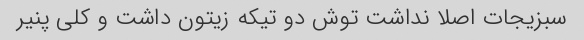
سبزیجات اصلا نداشت توش دو تیکه زیتون داشت و کلی پنیر